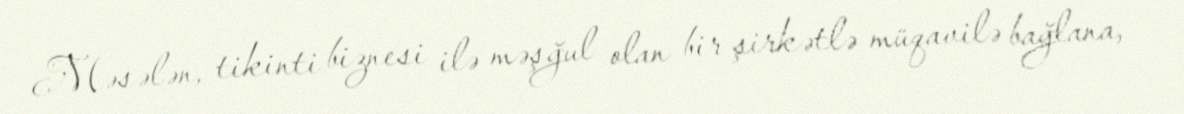
Məsələn, tikinti biznesi ilə məşğul olan bir şirkətlə müqavilə bağlana,